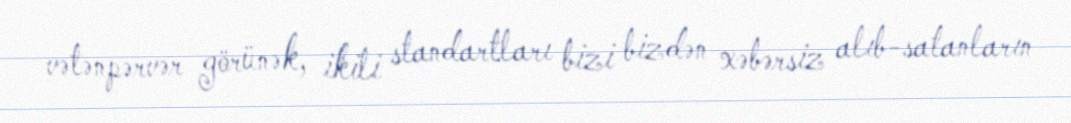
vətənpərvər görünək, ikili standartları bizi bizdən xəbərsiz alıb-satanların